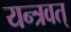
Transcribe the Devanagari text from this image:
यन्त्रवत्